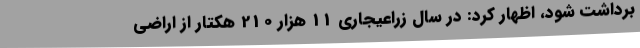
برداشت شود، اظهار کرد: در سال زراعیجاری 11 هزار 210 هکتار از اراضی